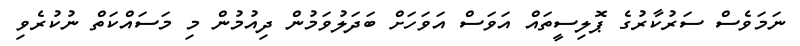
ނަމަވެސް ސަރުކާރުގެ ޕޮލިސީތައް އަވަސް އަވަހަށް ބަދަލުވަމުން ދިއުމުން މި މަސައްކަތް ނުކުރެވި